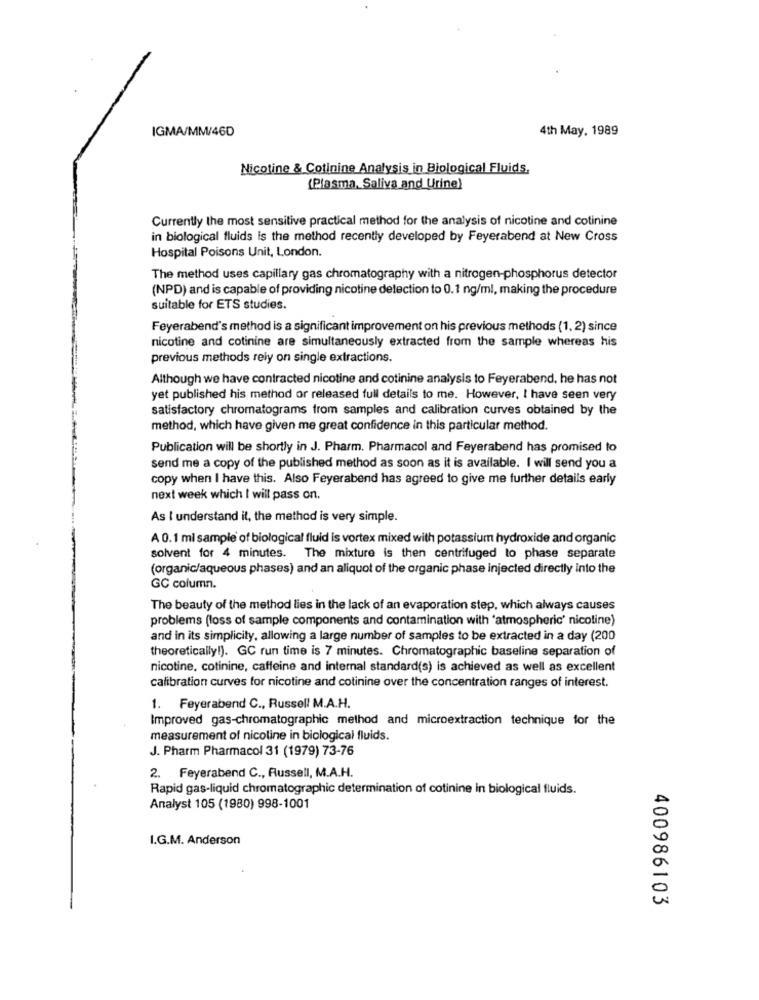
IGMA/MM/46D
4th May. 1989
Nicotine & Cotinine Analysis in Biological Fluids,
(Plasma, Saliva and Urine)
Currently the most sensitive practical method for the analysis of nicotine and cotinine
in biological fluids is the method recently developed by Feyerabend at New Cross
Hospital Poisons Unit, London.
The method uses capillary gas chromatography with a nitrogen-phosphorus detector
(NPD) and is capable of providing nicotine detection to 0.1 ng/ml, making the procedure
suitable for ETS studies.
Feyerabend's method is a significant improvement on his previous methods (1, 2) since
nicotine and cotinine are simultaneously extracted from the sample whereas his
previous methods rely on single extractions.
Although we have contracted nicotine and cotinine analysis to Feyerabend, he has not
yet published his method or released full details to me. However, I have seen very
satisfactory chromatograms from samples and calibration curves obtained by the
method, which have given me great confidence in this particular method.
Publication will be shortly in J. Pharm. Pharmacol and Feyerabend has promised to
send me a copy of the published method as soon as it is available. I will send you a
copy when I have this. Also Feyerabend has agreed to give me further details early
next week which I will pass on.
As I understand it, the method is very simple.
A 0.1 ml sample of biological fluid is vortex mixed with potassium hydroxide and organic
solvent for 4 minutes. The mixture is then centrifuged to phase separate
(organic/aqueous phases) and an aliquot of the organic phase injected directly into the
GC column.
The beauty of the method lies in the lack of an evaporation step, which always causes
problems (loss of sample components and contamination with 'atmospheric' nicotine)
and in its simplicity, allowing a large number of samples to be extracted in a day (200
theoretically!). GC run time is 7 minutes. Chromatographic baseline separation of
nicotine, cotinine, caffeine and internal standard(s) is achieved as well as excellent
calibration curves for nicotine and cotinine over the concentration ranges of interest.
1. Feyerabend C ., Russell M.A.H.
Improved gas-chromatographic method and microextraction technique for the
measurement of nicoline in biological fluids.
J. Pharm Pharmacol 31 (1979) 73-76
2. Feyerabend C ., Russell, M.A.H.
Rapid gas-liquid chromatographic determination of cotinine in biological fluids.
Analyst 105 (1980) 998-1001
I.G.M. Anderson
400986103